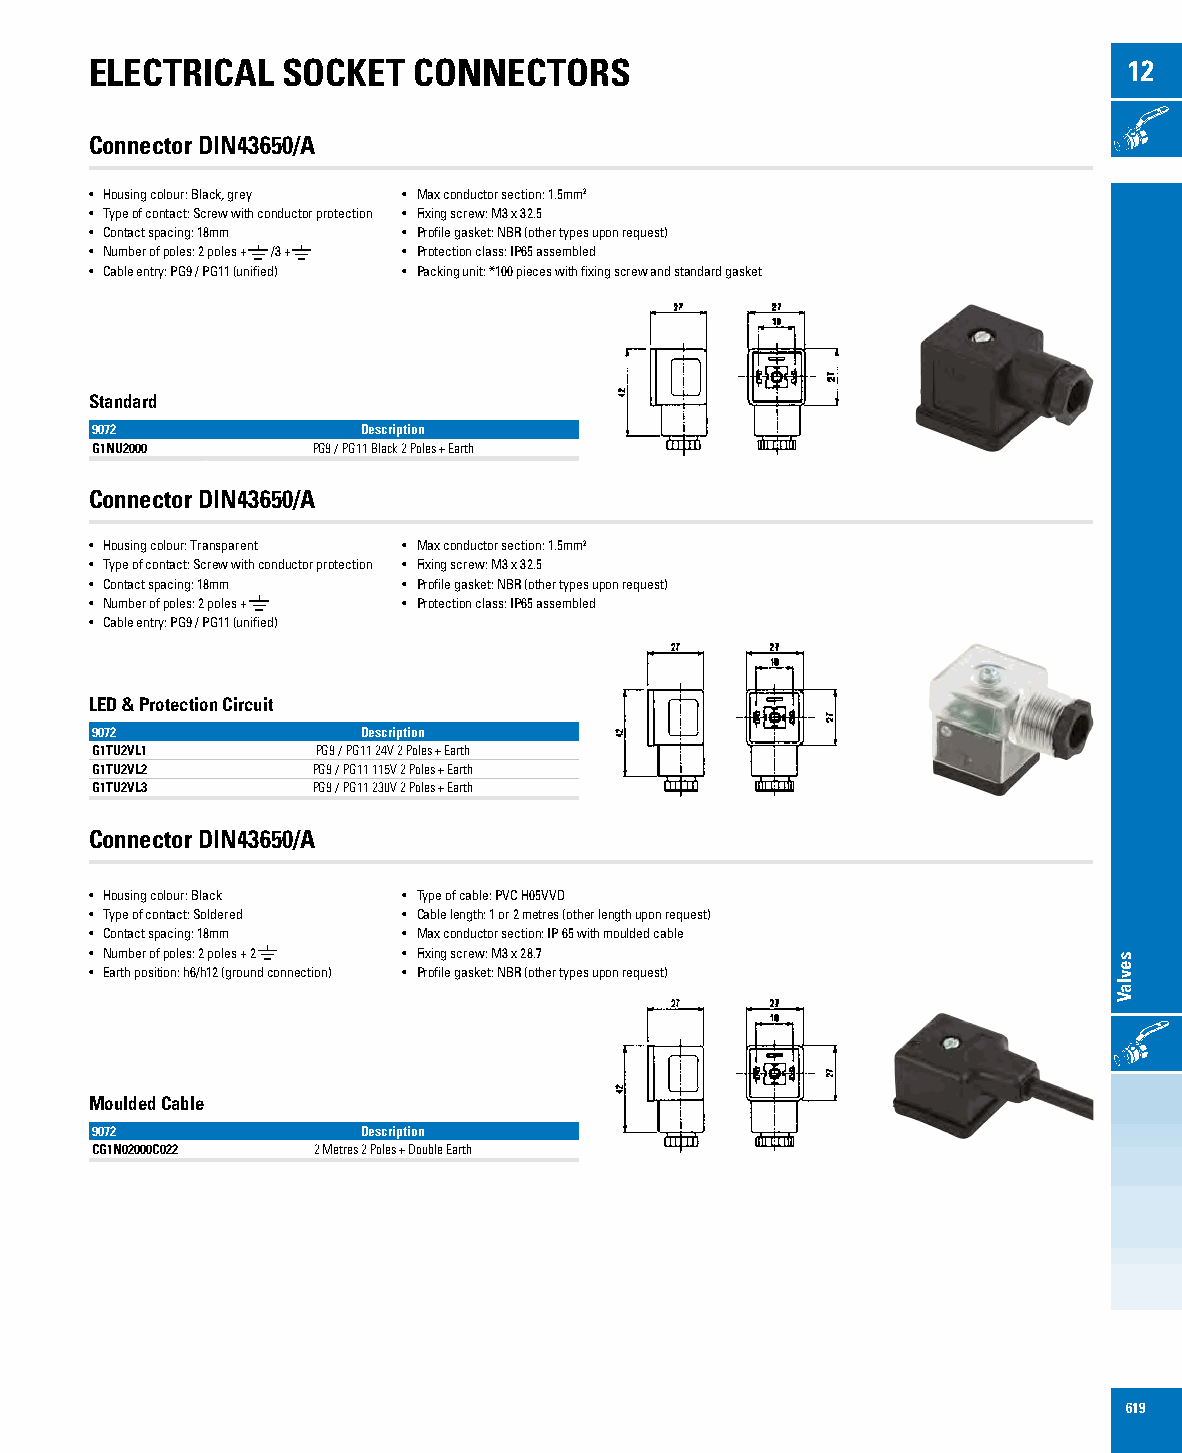
ELECTRICAL   SOCKET  CONNECTORS                                      12
 ONOFF
 Connector DIN43650/A
 • Housing colour: Black, grey • Max conductor section: 1.5mm2
 • Type of contact: Screw with conductor protection • Fixing screw: M3 x 32.5
 • Contact spacing: 18mm • Profile gasket: NBR (other types upon request)
 • Number of poles: 2 poles + /3 + • Protection class: IP65 assembled
 • Cable entry: PG9 / PG11 (unified) • Packing unit: *100 pieces with fixing screw and standard gasket
 Standard
 9072              Description
 G1NU2000       PG9 / PG11 Black 2 Poles + Earth
 Connector DIN43650/A
 • Housing colour: Transparent • Max conductor section: 1.5mm2
 • Type of contact: Screw with conductor protection • Fixing screw: M3 x 32.5
 • Contact spacing: 18mm • Profile gasket: NBR (other types upon request)
 • Number of poles: 2 poles + • Protection class: IP65 assembled
 • Cable entry: PG9 / PG11 (unified)
 LED & Protection Circuit
 9072              Description
 G1TU2VL1       PG9 / PG11 24V 2 Poles + Earth
 G1TU2VL2       PG9 / PG11 115V 2 Poles + Earth
 G1TU2VL3       PG9 / PG11 230V 2 Poles + Earth
 Connector DIN43650/A
 • Housing colour: Black • Type of cable: PVC H05VVD
 • Type of contact: Soldered • Cable length: 1 or 2 metres (other length upon request)
 • Contact spacing: 18mm • Max conductor section: IP 65 with moulded cable
 • Number of poles: 2 poles + 2 • Fixing screw: M3 x 28.7
 • Earth position: h6/h12 (ground connection) • Profile gasket: NBR (other types upon request)
 ONOFF
 Moulded Cable
 9072              Description
 CG1N02000C022  2 Metres 2 Poles + Double Earth
 619
 sevlaV